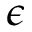
\boldsymbol { \epsilon }